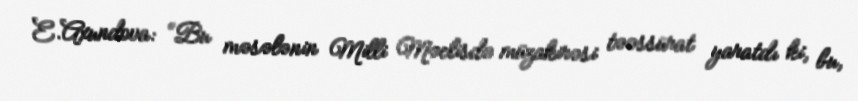
E.Axundova: “Bu məsələnin Milli Məclisdə müzakirəsi təəssürat yaratdı ki, bu,